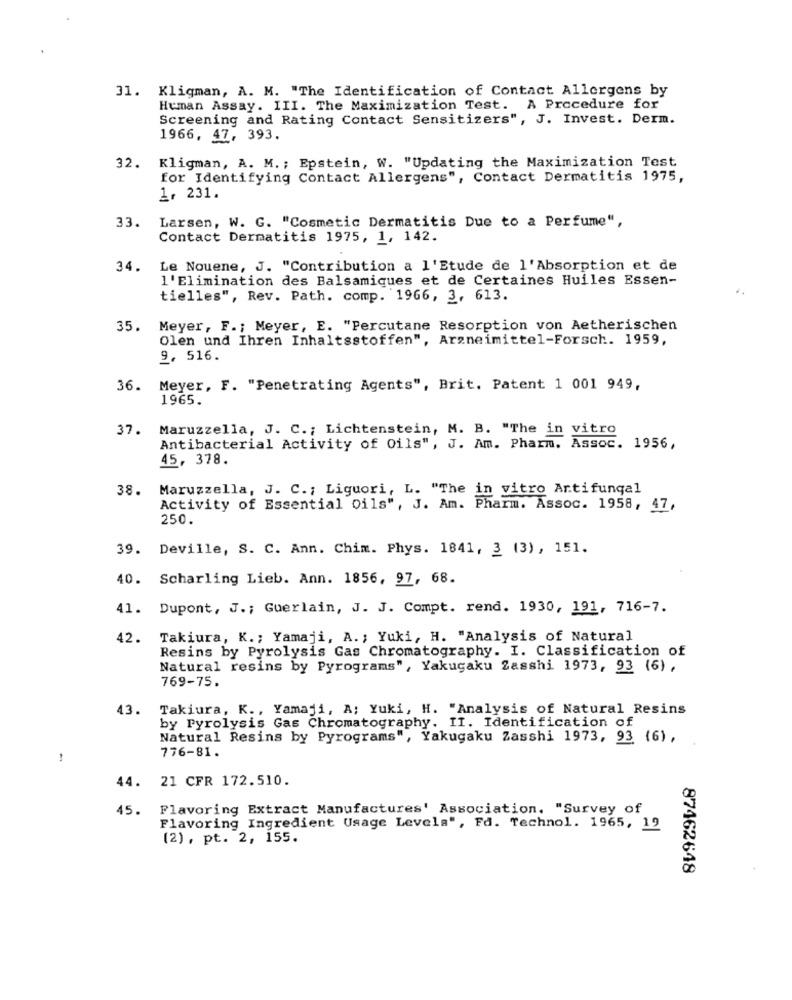
31. Kligman, A. M. "The Identification of Contact Allergens by
Human Assay. III. The Maximization Test. A Procedure for
Screening and Rating Contact Sensitizers", J. Invest. Derm.
1966, 47, 393.
32. Kligman, A. M .; Epstein, W. "Updating the Maximization Test
for Identifying Contact Allergens", Contact Dermatitis 1975,
1, 231.
33.
Larsen, W. G. "Cosmetic Dermatitis Due to a Perfume",
Contact Dermatitis 1975, 1, 142.
34.
Le Nouene, J. "Contribution a l'Etude de l'Absorption et de
l'Elimination des Balsamiques et de Certaines Huiles Essen-
tielles", Rev. Path. comp. 1966, 3, 613.
35.
Meyer, F .; Meyer, E. "Percutane Resorption von Aetherischen
Olen und Ihren Inhaltsstoffen", Arzneimittel-Forsch. 1959,
9, 516.
36.
Meyer, F. "Penetrating Agents", Brit. Patent 1 001 949,
1965.
37.
Maruzzella, J. C .; Lichtenstein, M. B. "The in vitro
Antibacterial Activity of Oils", J. Am. Pharm. Assoc. 1956,
45, 378.
38.
Maruzzella, J. C .; Liguori, L. "The in vitro Antifungal
Activity of Essential Oils", J. Am. Pharm. Assoc. 1958, 47,
250.
39. Deville, S. C. Ann. Chim. Phys. 1841, 3 (3), 151.
40. Scharling Lieb. Ann. 1856, 97, 68.
41. Dupont, J .; Guerlain, J. J. Compt. rend. 1930, 191, 716-7.
42. Takiura, K .; Yamaji, A. ; Yuki, H. "Analysis of Natural
Resins by Pyrolysis Gas Chromatography. I. Classification of
Natural resins by Pyrograms", Yakugaku Zasshi 1973, 93 (6) ,
769-75.
43.
Takiura, K ., Yamaji, A; Yuki, H. "Analysis of Natural Resins
by Pyrolysis Gas Chromatography. II. Identification of
Natural Resins by Pyrograms", Yakugaku Zasshi 1973, 93 (6) ,
776-81.
-
44. 21 CFR 172.510.
45.
Flavoring Extract Manufactures' Association. "Survey of
Flavoring Ingredient Usage Levela", Fd. Technol. 1965, 12
(2) , pt. 2, 155.
87462648